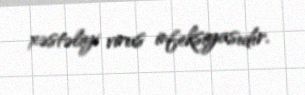
xəstəliyi virus infeksiyasıdır.